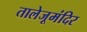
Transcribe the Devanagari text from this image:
तालेजूमंदिर